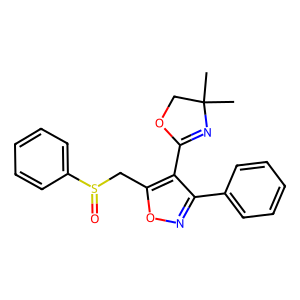
SMILES: CC1(C)COC(c2c(-c3ccccc3)noc2CS(=O)c2ccccc2)=N1
Inhibits HIV replication: No